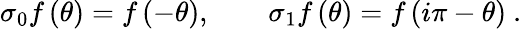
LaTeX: \sigma_{0}f\left(\theta\right)=f\left(-\theta\right),\qquad\sigma_{1}f\left(\theta\right)=f\left(i\pi-\theta\right)~.